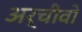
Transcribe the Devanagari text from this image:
अर्चीवो